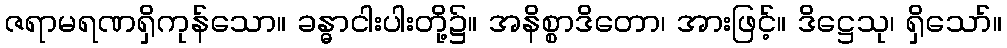
ဇရာမရဏရှိကုန်သော။ ခန္ဓာငါးပါးတို့၌။ အနိစ္စာဒိတော၊ အားဖြင့်။ ဒိဋ္ဌေသု၊ ရှိသော်။